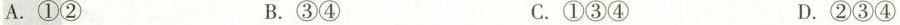
A.①② B.③④ C.①③④ D.②③④